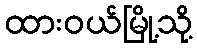
ထားဝယ်မြို့သို့